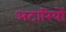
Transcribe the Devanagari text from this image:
अटारियों